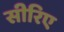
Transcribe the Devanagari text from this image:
सीरिए